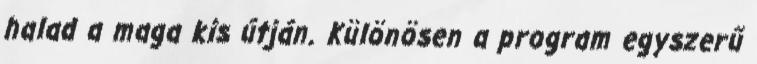
halad a maga kis útján. Különösen a program egyszerű